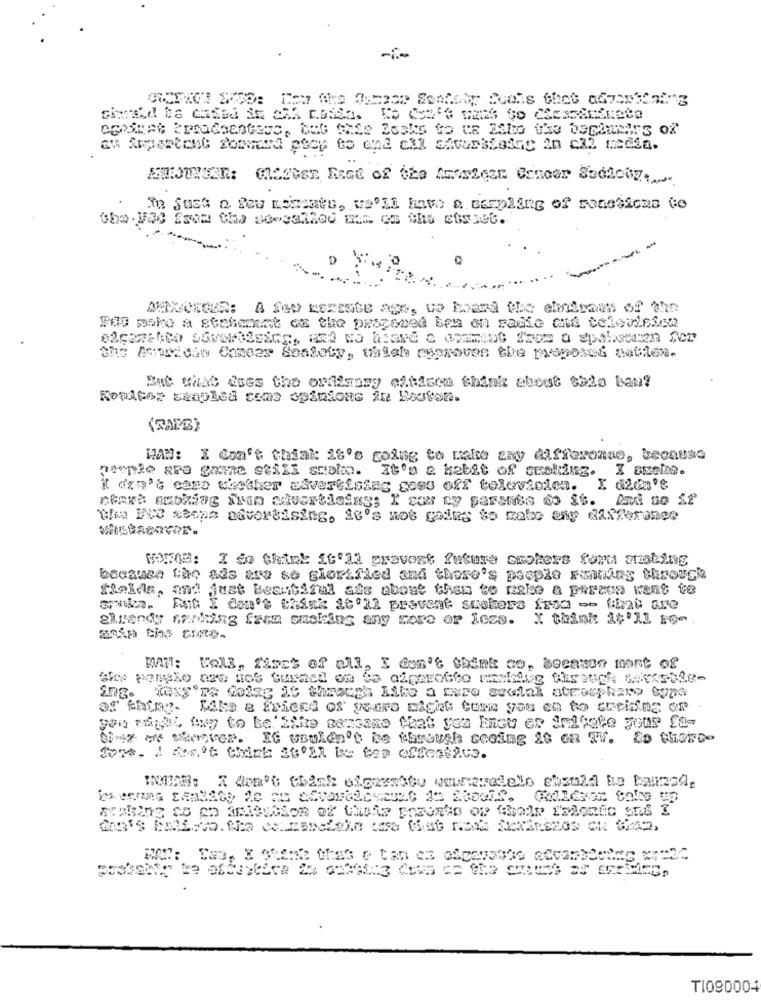
ENSUMUER: Master Rest of the AMANAGER Concer Sedicey ..
In just a few Esteatu, WE'LL have a SEEDling of Functions Co
the. 200 frem ths seecalled was on Mas esseet.
D
MAXANGER: A few kereste age, wo hand the citroen of the
#do poko a statement of the pracomed ben on radio and television
Sh Ampridin Comeer Sonlety, which cyproves the proposed setien.
But what does the orimasy eftisen think about tada ban?
Rondtoz sampled rems opinions in Esoton.
(TAPE)
HAN: I don't think: 28's going to make any differomae, because
people are gaane still scolmo. It's a habit of stolting. I auche.
it can't caro whether advertising goes off television. I didn't
recre esbling ilim advertising; I cos cy parsnes do it. And so if
"the Eve steps advertising, it's not going to make any difference
WILLAGOCCE.
HONOM: I do think it'll prevent future smokers ford austing
because the ads are so glorified and there's people running through
fields, and just Beautiful ads about them to make a perces want to
srnka. But I don't think It'll prevent suckers fred -- that are
elwendy making farm oasking any more or less.
X think it'll iGe
MATT: Wall, first of all, I don't think co, because most of
of thing.
Like a friend of yours nicht core you en to creiding of
you might twy to be Like semeans that you know er indiete your fa-
Ofmy er wwover. It usuldn't be through seeing it on TV. So choro-
fore, I don't think Stoll be too offertaes.
WITAM: X don't think ofgreatbu wenneradelo cbsuld be banned,
TI090004